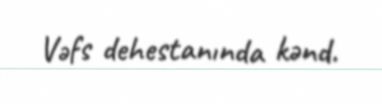
Vəfs dehestanında kənd.